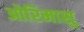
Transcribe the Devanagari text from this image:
ओरिमासु